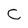
Character: C